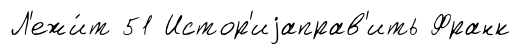
Л'ежи́т 51 Истор'иjаправ'ить Франк